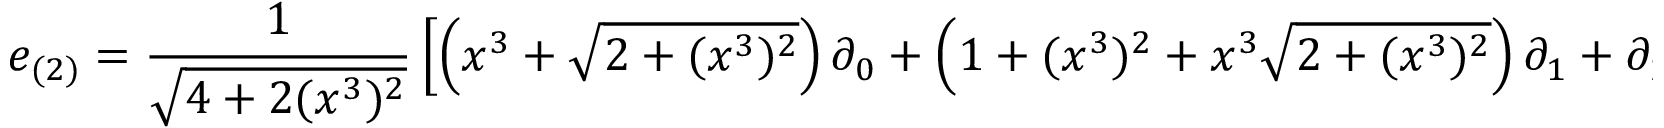
e _ { ( 2 ) } = { \frac { 1 } { \sqrt { 4 + 2 ( x ^ { 3 } ) ^ { 2 } } } } \left[ \left( x ^ { 3 } + { \sqrt { 2 + ( x ^ { 3 } ) ^ { 2 } } } \right) \partial _ { 0 } + \left( 1 + ( x ^ { 3 } ) ^ { 2 } + x ^ { 3 } { \sqrt { 2 + ( x ^ { 3 } ) ^ { 2 } } } \right) \partial _ { 1 } + \partial _ { 2 } \right]